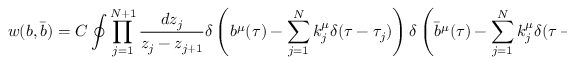
w ( b , \bar { b } ) = C \oint \prod _ { j = 1 } ^ { N + 1 } { \frac { d z _ { j } } { z _ { j } - z _ { j + 1 } } } \delta \left( b ^ { \mu } ( \tau ) - \sum _ { j = 1 } ^ { N } k _ { j } ^ { \mu } \delta ( \tau - \tau _ { j } ) \right) \delta \left( \bar { b } ^ { \mu } ( \tau ) - \sum _ { j = 1 } ^ { N } k _ { j } ^ { \mu } \delta ( \tau - \tau _ { j } ) \right)